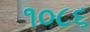
૧૦૮૬